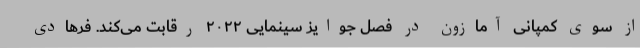
از سوی کمپانی آمازون در فصل جوایز سینمایی ۲۰۲۲ رقابت می‌کند. فرهادی